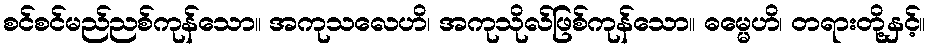
စင်စင်မည်ညစ်ကုန်သော။ အကုသလေဟိ၊ အကုသိုလ်ဖြစ်ကုန်သော။ ဓမ္မေဟိ၊ တရားတို့နှင့်။